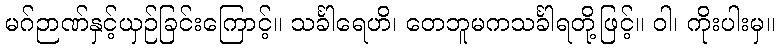
မဂ်ဉာဏ်နှင့်ယှဉ်ခြင်းကြောင့်။ သင်္ခါရေဟိ၊ တေဘူမကသင်္ခါရတို့ဖြင့်။ ဝါ၊ ကိုးပါးမှ။